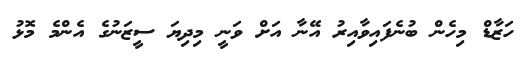
ހަޒާޑް މިހެން ބުނެފައިވާއިރު އޭނާ އަށް ވަނީ މިދިޔަ ސީޒަނުގެ އެންމެ މޮޅު